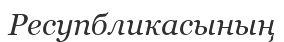
Ресупбликасының